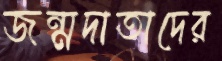
জন্মদাতাদের